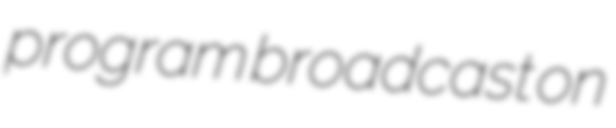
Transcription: program broadcast on